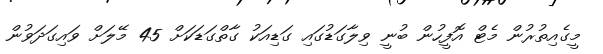
މީގެއިތުރުން މެޓް އޮފީހުން ބުނީ ވިލާގަޑުގައި ގަޑިއަކު ގާތްގަޑަކަށް 45 މޭލަށް ވައިގަދަވުން